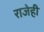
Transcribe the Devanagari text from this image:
राजेही